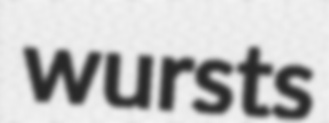
wursts